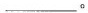
___。